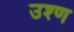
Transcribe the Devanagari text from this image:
उश्ण